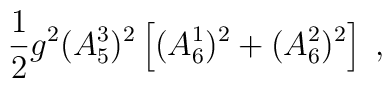
\frac{1}{2}g^2 (A_5^3)^2 \left[(A_6^1)^2+ (A_6^2)^2\right] \;,